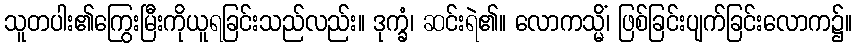
သူတပါး၏ကြွေးမြီးကိုယူရခြင်းသည်လည်း။ ဒုက္ခံ၊ ဆင်းရဲ၏။ လောကသ္မိံ၊ ဖြစ်ခြင်းပျက်ခြင်းလောက၌။